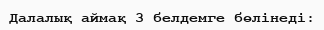
Далалық аймақ 3 белдемге бөлінеді: